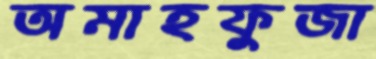
অমাহফুজা